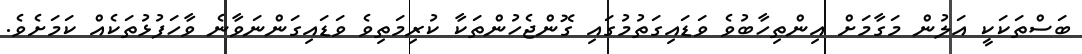
ބަސްތަކަކީ އަލުން މަގާމަށް އިންތިހާބުވެ ވަޑައިގަތުމުގައި ގޮންޖެހުންތަކާ ކުރިމަތިވެ ވަޑައިގަންނަވާނެ ވާހަފުޅުތަކެއް ކަމަށެވެ.